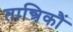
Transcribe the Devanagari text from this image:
तान्त्रिकौं